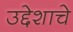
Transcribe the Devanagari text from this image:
उद्देशाचे